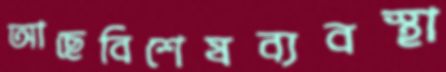
আছেবিশেষব্যবস্থা